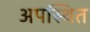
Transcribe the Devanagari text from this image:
अपस्थित